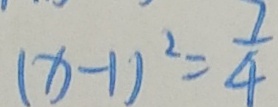
( x - 1 ) ^ { 2 } = \frac { 7 } { 4 }